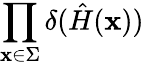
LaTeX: \prod_{\mathbf{x}\in\Sigma}\delta({\hat{{H}}}(\mathbf{x}))